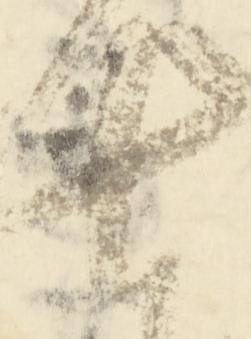
七